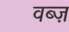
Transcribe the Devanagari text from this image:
वब्ज़